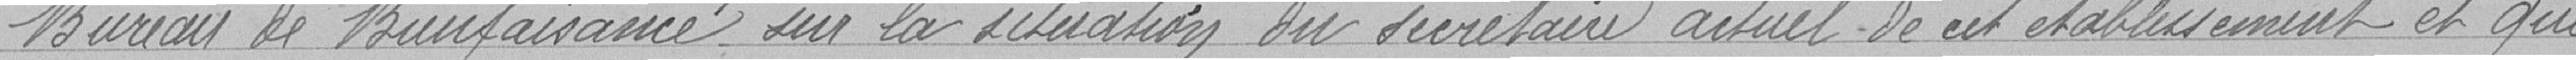
Bureau de Bienfaisance sur la situation du secrétaire actuel de cet établissement et qui